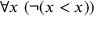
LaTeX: \forall x \ ( \neg ( x < x ) )